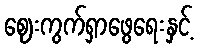
ဈေးကွက်ရှာဖွေရေးနှင့်